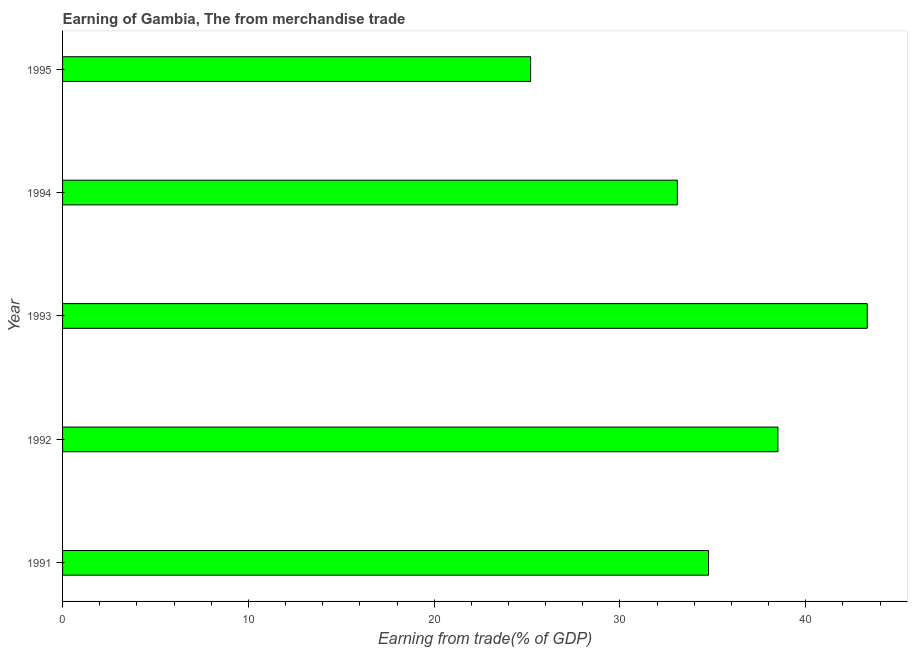
| Year | Merchandise trade |
 | --- | --- |
 | 1991 | 34.8 |
 | 1992 | 38.5 |
 | 1993 | 43.3 |
 | 1994 | 33.1 |
 | 1995 | 25.2 |